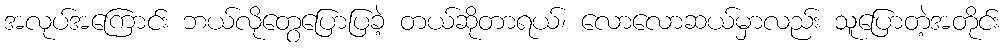
အလုပ်အကြောင်း ဘယ်လိုတွေပြောပြခဲ့ တယ်ဆိုတာရယ်၊ လောလောဆယ်မှာလည်း သူပြောတဲ့အတိုင်း